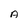
Character: A